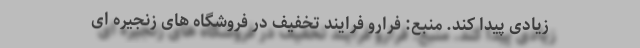
زیادی پیدا کند. منبع: فرارو فرایند تخفیف در فروشگاه های زنجیره ای